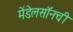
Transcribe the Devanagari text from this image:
मेंडेलसॉनची